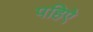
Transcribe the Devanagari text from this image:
पहिऐ